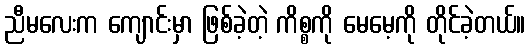
ညီမလေးက ကျောင်းမှာ ဖြစ်ခဲ့တဲ့ ကိစ္စကို မေမေ့ကို တိုင်ခဲ့တယ်။